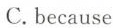
C.because